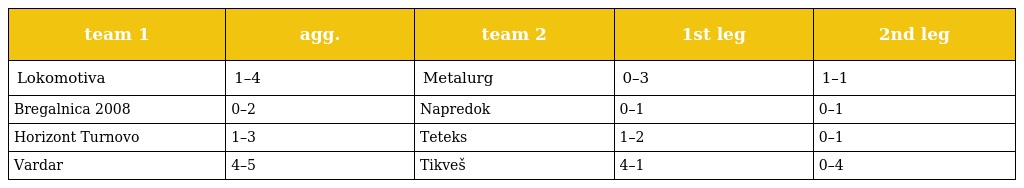
| team 1 | agg. | team 2 | 1st leg | 2nd leg |
 | --- | --- | --- | --- | --- |
 | Lokomotiva | 1–4 | Metalurg | 0–3 | 1–1 |
 | Bregalnica 2008 | 0–2 | Napredok | 0–1 | 0–1 |
 | Horizont Turnovo | 1–3 | Teteks | 1–2 | 0–1 |
 | Vardar | 4–5 | Tikveš | 4–1 | 0–4 |